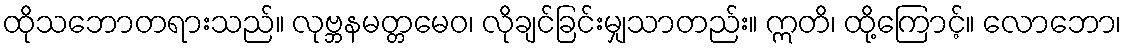
ထိုသဘောတရားသည်။ လုဗ္ဘနမတ္တမေဝ၊ လိုချင်ခြင်းမျှသာတည်း။ ဣတိ၊ ထို့ကြောင့်။ လောဘော၊